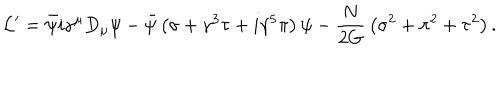
LaTeX: { \cal L } ^ { \prime } = \bar { \psi } i \gamma ^ { \mu } D _ { \mu } \psi - \bar { \psi } \left( \sigma + \gamma ^ { 3 } \tau + i \gamma ^ { 5 } \pi \right) \psi - { \frac { N } { 2 G } } \left( \sigma ^ { 2 } + \pi ^ { 2 } + \tau ^ { 2 } \right) .